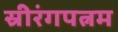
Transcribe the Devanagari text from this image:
स्रीरंगपत्नम